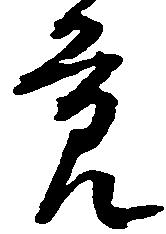
節